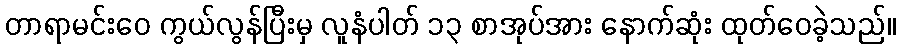
တာရာမင်းဝေ ကွယ်လွန်ပြီးမှ လူနံပါတ် ၁၃ စာအုပ်အား နောက်ဆုံး ထုတ်ဝေခဲ့သည်။